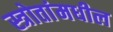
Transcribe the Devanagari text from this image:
स्त्रोतांमधील